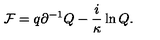
{ \cal F } = q \partial ^ { - 1 } Q - \frac { i } { \kappa } \ln Q .